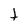
Character: t